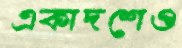
একাদশেও